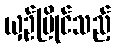
ယှဉ်ပြိုင်သည့်